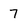
Character: 7